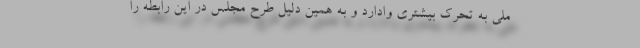
ملی به تحرک بیشتری وادارد و به همین دلیل طرح مجلس در این رابطه را